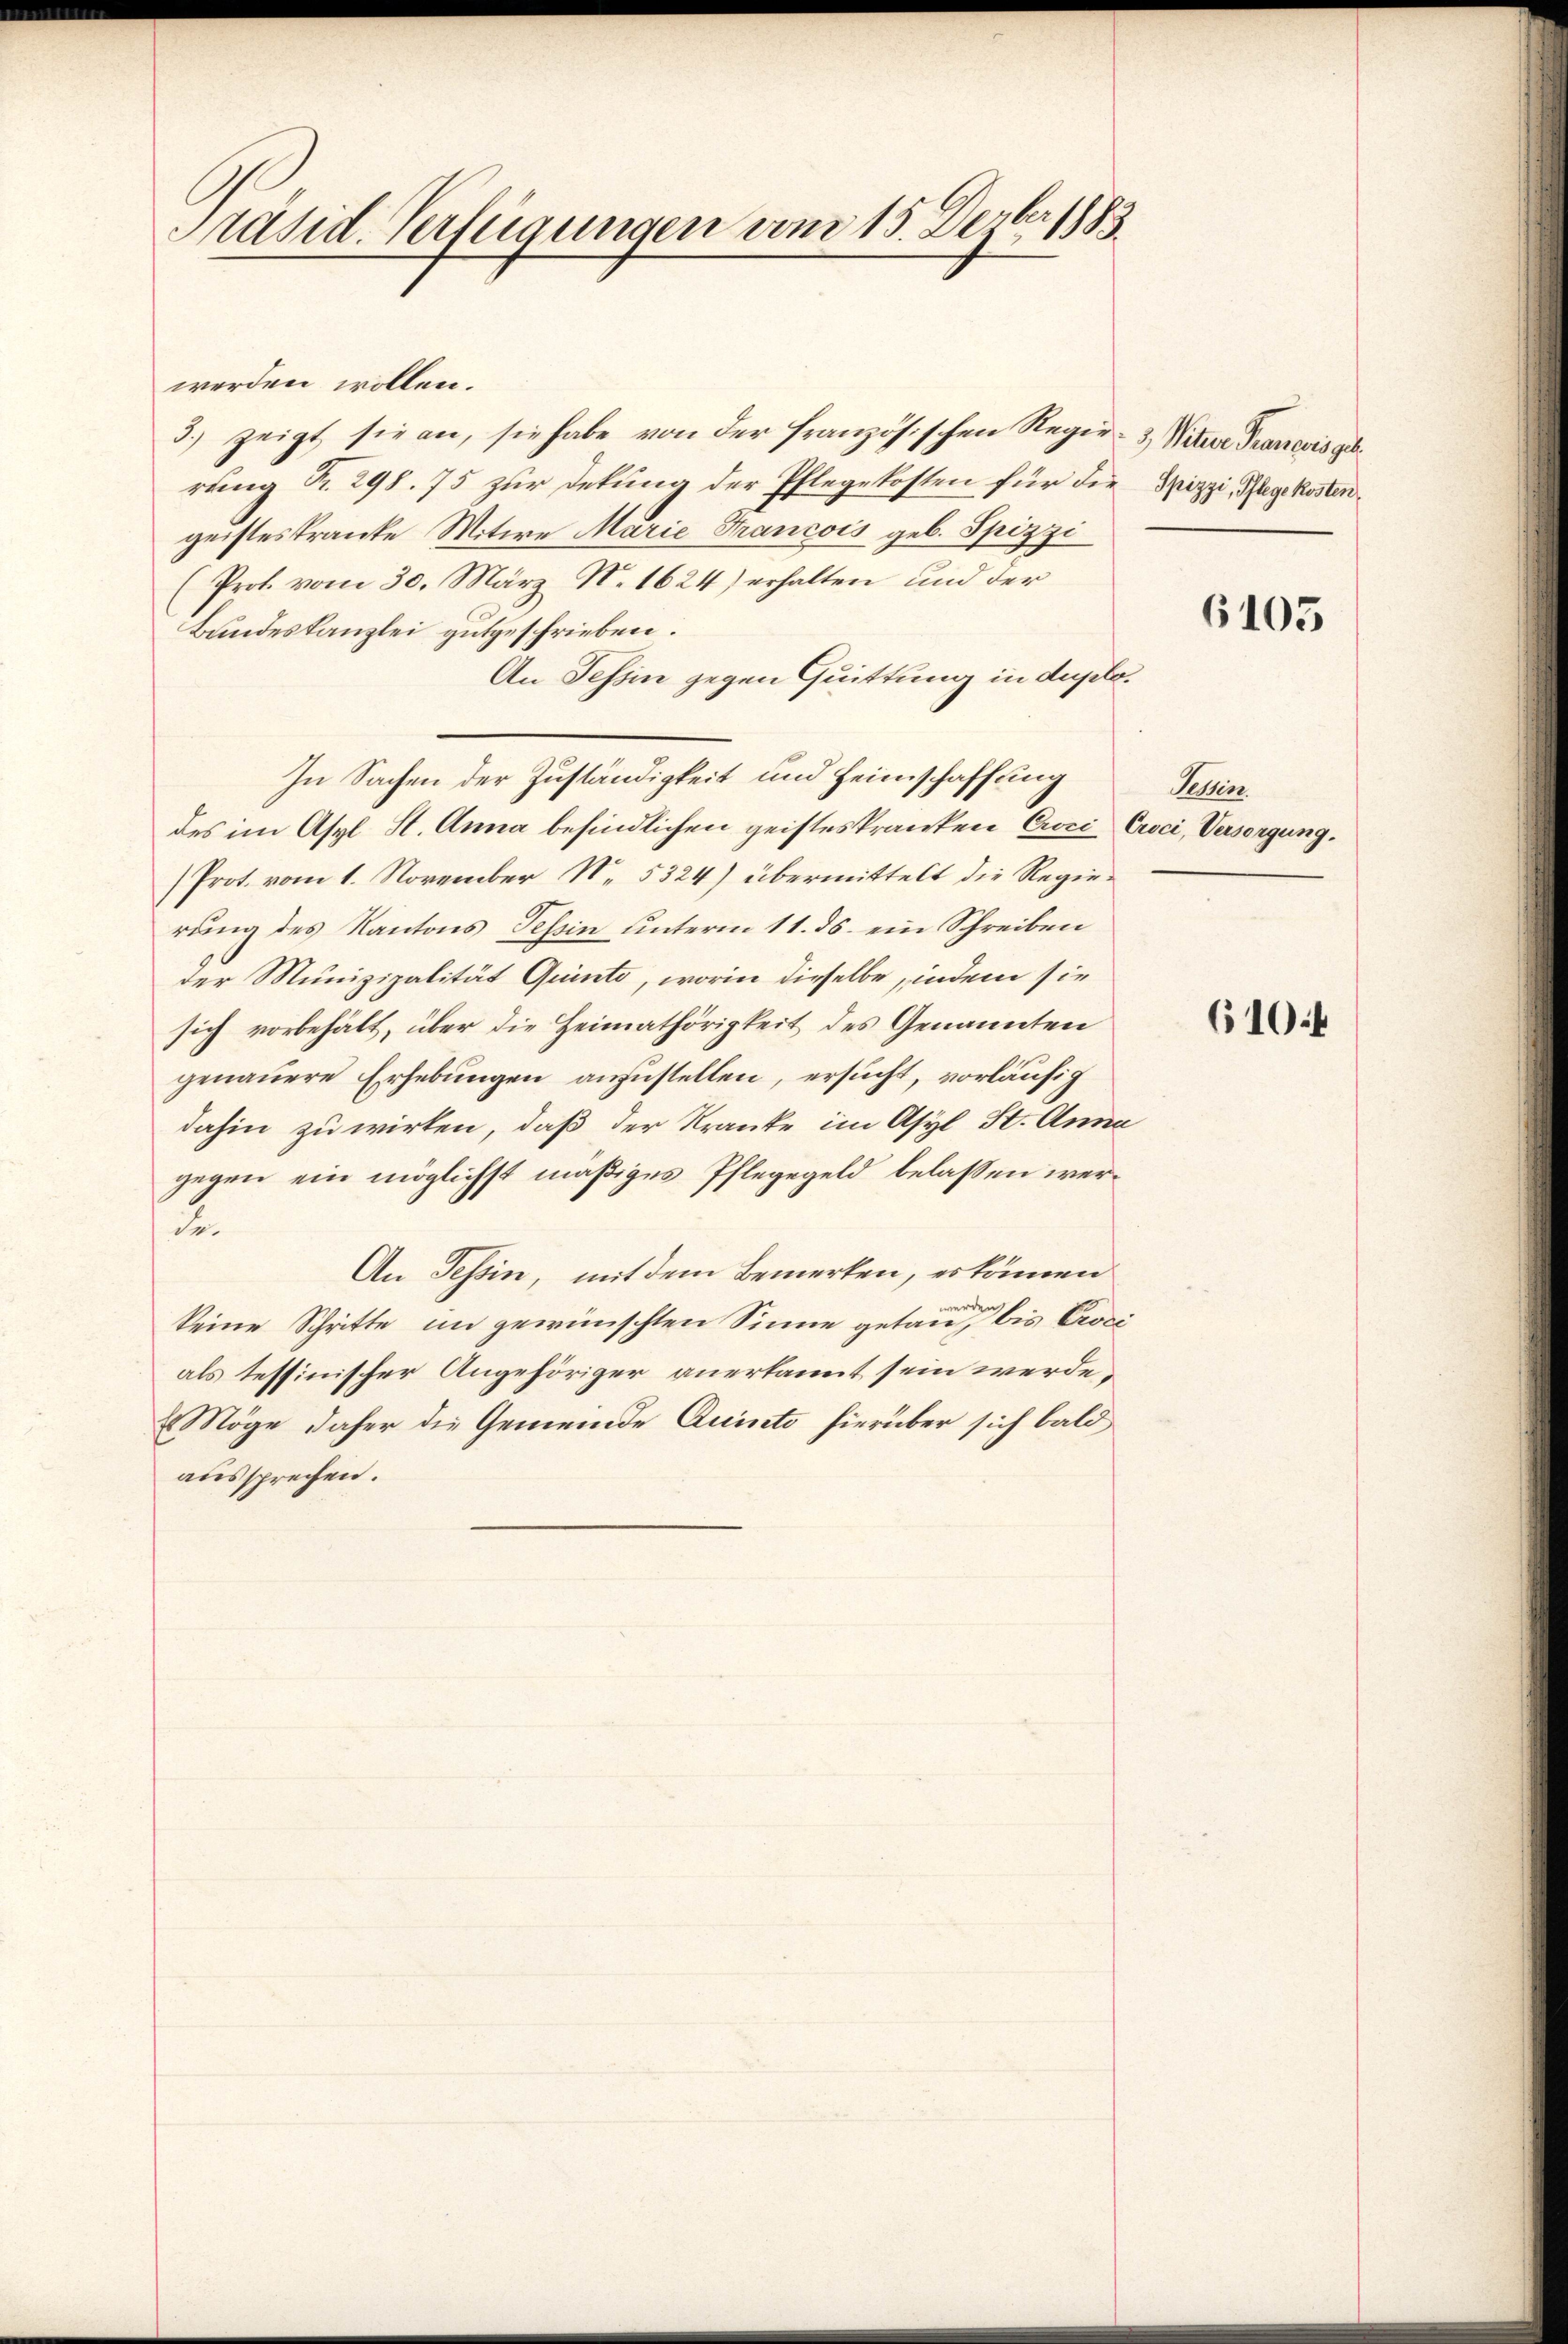
Präsid. Verfügungen vom 15. Dezbr 1883

werden wollen.
3.) zeigt sie an, sie habe von der französischen Regie- & Witwe Tranesis geb.
rung R. 298. 75 zur Dekung der Pflegekosten für die Spizzi, Pflege kosten
geisteskranke Witwe Marie Francois geb. Spizzi
Prof. vom 30. März N. 1624) erhalten und der
Bundeskanzlei gutgeschrieben.
An Tessin gegen Quittung in duplo¬
In Sachen der Zuständigkeit und Heimschaffung
des im Asyl H. Anna befindlichen geisteskranken Coci Crci, Versorgung.
Prot. vom 1. November N. 5324) übermittelt die Regierung des Kantons Tessin unterm 11. ds. ein Schreiben
der Munizipalität Quinte, worin dieselbe, indem sie
sich vorbehält, über die Heimathörigkeit des Genannten
genauere Erhebungen anzustellen, ersucht, vorläufig
dahin zu wirken, daß der Kranke im Asyl St. Anna
gegen ein möglichst mäßiges Pflegegeld belassen werde.
An Tessin, mit dem Bemerken, es können
keine Schritte im gewünschten Sinne getaut bis Croci
als tessinischer Angehöriger anerkannt sein werde,
Möge daher die Gemeinde Quisto hierüber sich bald
aussprechen.

6105

Sehen

6104